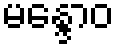
မန္ဒောဝ